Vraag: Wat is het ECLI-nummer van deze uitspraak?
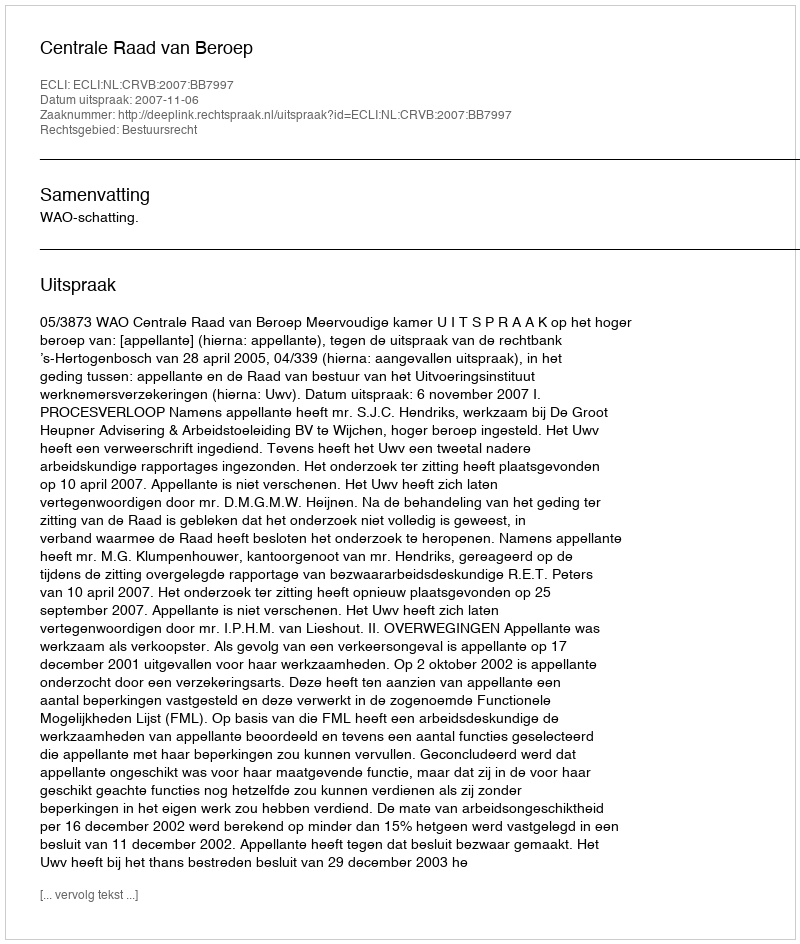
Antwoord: ECLI:NL:CRVB:2007:BB7997